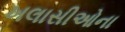
ખલાસીઓના